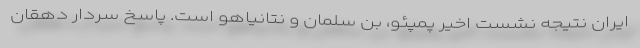
ایران نتیجه نشست اخیر پمپئو، بن سلمان و نتانیاهو است. پاسخ سردار دهقان